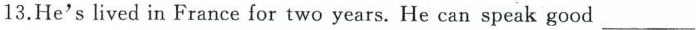
13.He's lived in France for two years. He can speak good ___